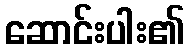
ဆောင်းပါး၏